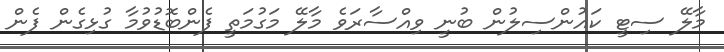
މާލޭ ސިޓީ ކައުންސިލުން ބުނީ ވިއްސާރަވެ މާލޭ މަގުމަތީ ފެންބޮޑުވުމާ ގުޅިގެން ފެން